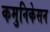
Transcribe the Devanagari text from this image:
कमुनिकेसन